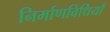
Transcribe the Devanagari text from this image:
निर्माणविधियाँ